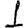
Digit: 1